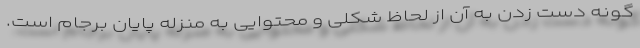
گونه دست زدن به آن از لحاظ شکلی و محتوایی به منزله پایان برجام است.